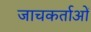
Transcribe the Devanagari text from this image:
जाचकर्ताओं